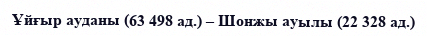
Ұйғыр ауданы (63 498 ад.) – Шонжы ауылы (22 328 ад.)